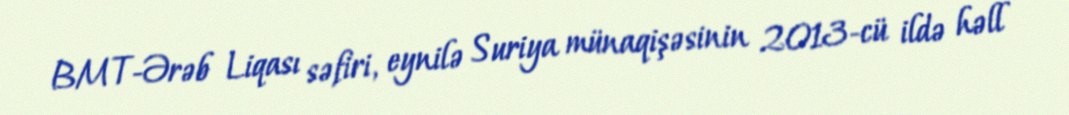
BMT-Ərəb Liqası səfiri, eynilə Suriya münaqişəsinin 2013-cü ildə həll